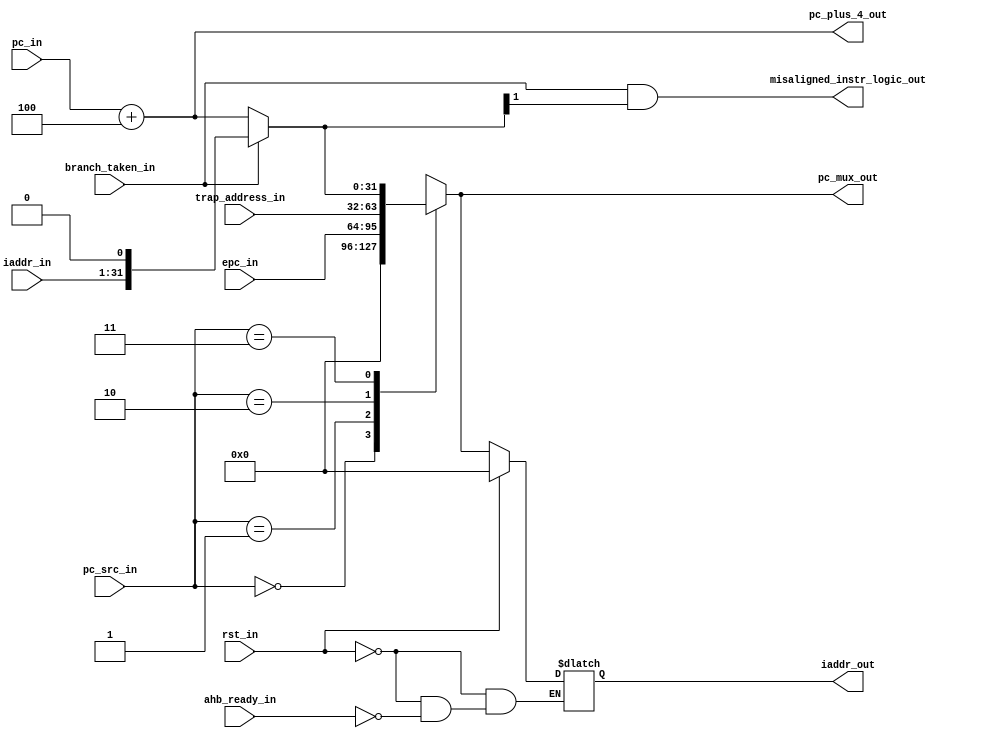
//pc_mux submodule//
module msrv32_pc (input             branch_taken_in,rst_in,
                  input             ahb_ready_in,
                  input        [1:0]pc_src_in,
                  input       [31:0]epc_in,trap_address_in,pc_in,
                  input       [31:1]iaddr_in,
                  output      [31:0]pc_plus_4_out,iaddr_out,
                  output            misaligned_instr_logic_out,
                  output   reg[31:0]pc_mux_out
                  );
reg [31:0] i_addr;
parameter BOOT_ADDRESS =32'h00000000;

wire [31:0] next_pc;
assign pc_plus_4_out = pc_in + 32'h00000004;
assign next_pc = branch_taken_in ? {iaddr_in,1'b0} : pc_plus_4_out;   // 2:1
assign misaligned_instr_logic_out = (branch_taken_in && next_pc[1]);
assign iaddr_out = i_addr;

always @ (*)  // it will take all the signals included in the design
begin
  case (pc_src_in)
     2'b00   :  pc_mux_out = BOOT_ADDRESS;                            //4:1
     2'b01   :  pc_mux_out = epc_in;
     2'b10   :  pc_mux_out = trap_address_in;
     2'b11   :  pc_mux_out = next_pc;
     default: pc_mux_out = next_pc;
  endcase
end

always @ (*)
begin                                                                   //2:1 
   if(rst_in)
      i_addr = BOOT_ADDRESS;
   else if (ahb_ready_in)                                               //2:1
      i_addr = pc_mux_out;
end

endmodule